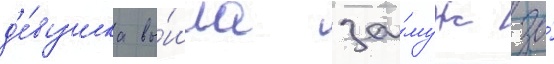
д'е́вушка вы́шла за́муж за́